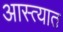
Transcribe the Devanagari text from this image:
आस्त्यात